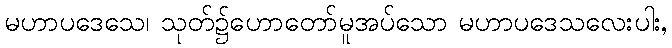
မဟာပဒေသေ၊ သုတ်၌ဟောတော်မူအပ်သော မဟာပဒေသလေးပါး,